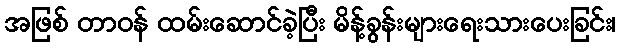
အဖြစ် တာဝန် ထမ်းဆောင်ခဲ့ပြီး မိန့်ခွန်းများရေးသားပေးခြင်း၊